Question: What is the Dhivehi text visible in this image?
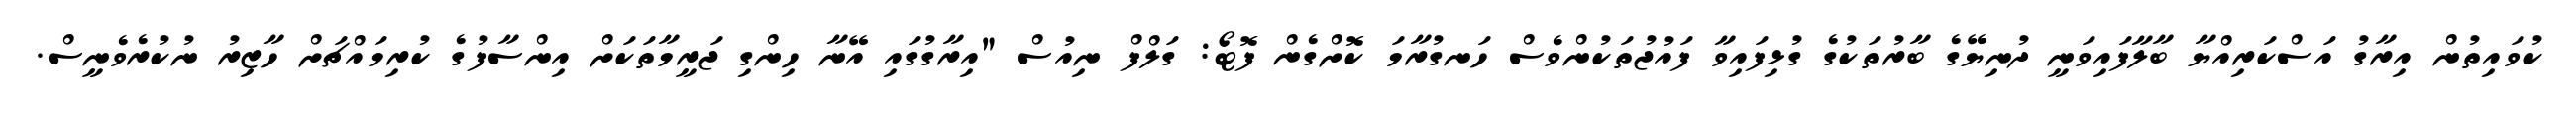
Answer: ކުވައިތުން އިރާގު އަސްކަރިއްޔާ ބާލާފައިވަނީ ދުނިޔޭގެ ބާރުތަކުގެ ގުޅިފައިވާ ފައުޖުތަކުންވެސް ހަނގުރާމަ ކޮށްގެން ފޮޓޯ: ގަލްފް ނިއުސް "އިރާގުގައި އޭނާ ހިންގި ޖަރީމާތަކަށް އިންސާފުގެ ކުރިމައްޗަށް ހާޒިރު ނުކުރެވެނީސް.